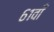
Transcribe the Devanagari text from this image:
६१वाँ